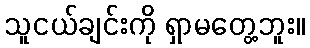
သူငယ်ချင်းကို ရှာမတွေ့ဘူး။